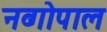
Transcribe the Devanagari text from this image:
नव्गोपाल